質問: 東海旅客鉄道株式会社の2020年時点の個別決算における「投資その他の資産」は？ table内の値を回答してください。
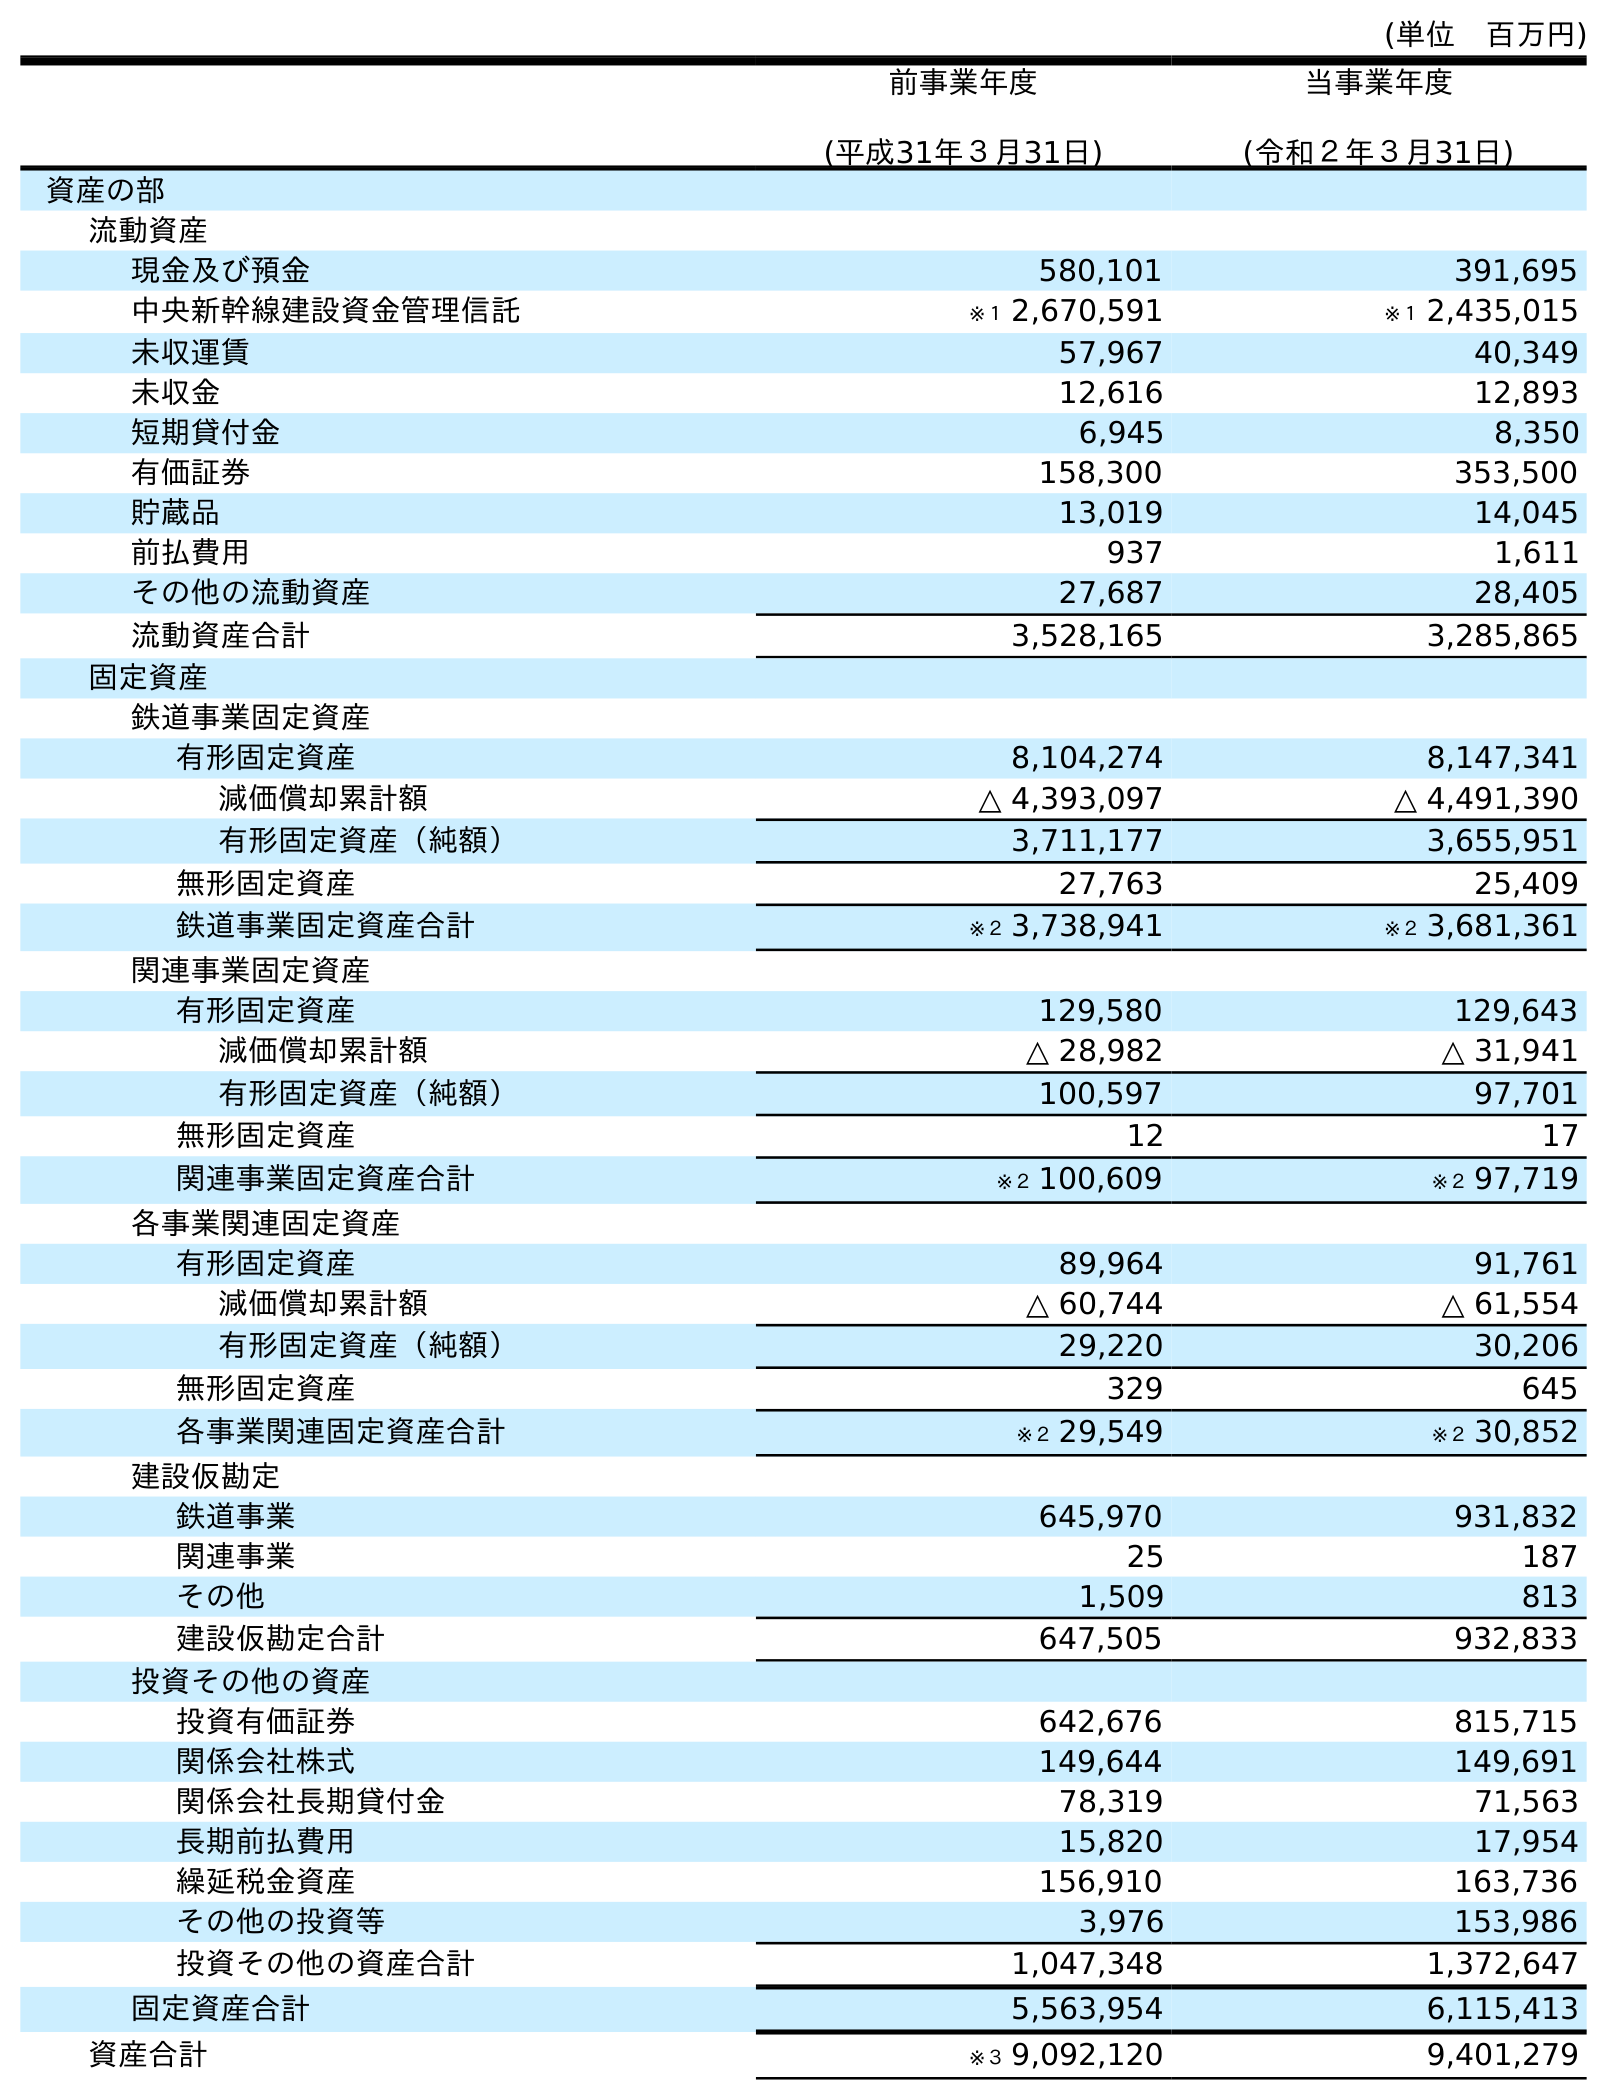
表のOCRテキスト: (単位 百万円) 前事業年度 (平成31年３月31日) 当事業年度 (令和２年３月31日) 資産の部 流動資産 現金及び預金 580,101 391,695 中央新幹線建設資金管理信託 ※１ 2,670,591 ※１ 2,435,015 未収運賃 57,967 40,349 未収金 12,616 12,893 短期貸付金 6,945 8,350 有価証券 158,300 353,500 貯蔵品 13,019 14,045 前払費用 937 1,611 その他の流動資産 27,687 28,405 流動資産合計 3,528,165 3,285,865 固定資産 鉄道事業固定資産 有形固定資産 8,104,274 8,147,341 減価償却累計額 △ 4,393,097 △ 4,491,390 有形固定資産（純額） 3,711,177 3,655,951 無形固定資産 27,763 25,409 鉄道事業固定資産合計 ※２ 3,738,941 ※２ 3,681,361 関連事業固定資産 有形固定資産 129,580 129,643 減価償却累計額 △ 28,982 △ 31,941 有形固定資産（純額） 100,597 97,701 無形固定資産 12 17 関連事業固定資産合計 ※２ 100,609 ※２ 97,719 各事業関連固定資産 有形固定資産 89,964 91,761 減価償却累計額 △ 60,744 △ 61,554 有形固定資産（純額） 29,220 30,206 無形固定資産 329 645 各事業関連固定資産合計 ※２ 29,549 ※２ 30,852 建設仮勘定 鉄道事業 645,970 931,832 関連事業 25 187 その他 1,509 813 建設仮勘定合計 647,505 932,833 投資その他の資産 投資有価証券 642,676 815,715 関係会社株式 149,644 149,691 関係会社長期貸付金 78,319 71,563 長期前払費用 15,820 17,954 繰延税金資産 156,910 163,736 その他の投資等 3,976 153,986 投資その他の資産合計 1,047,348 1,372,647 固定資産合計 5,563,954 6,115,413 資産合計 ※３ 9,092,120 9,401,279
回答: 1,372,647